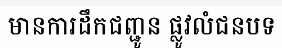
មានការដឹកជញ្ជូន ផ្លូវលំជនបទ